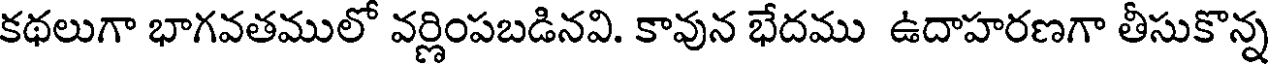
కథలుగా భాగవతములో వర్ణింపబడినవి. కావున భేదము ఉదాహరణగా తీసుకొన్న